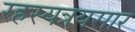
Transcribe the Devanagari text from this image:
रहस्यत्रयसार